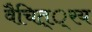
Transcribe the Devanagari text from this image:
वैचित््रय